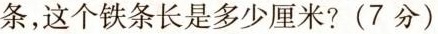
条，这个铁条长是多少厘米?(7分)